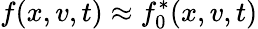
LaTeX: f(x,v,t)\approx f_{0}^{*}(x,v,t)